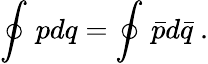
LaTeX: \oint_{}^{}pdq=\oint_{}^{}{\bar{p}}d{\bar{q}}\ .